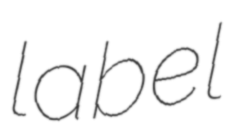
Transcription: label